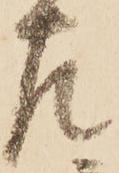
左